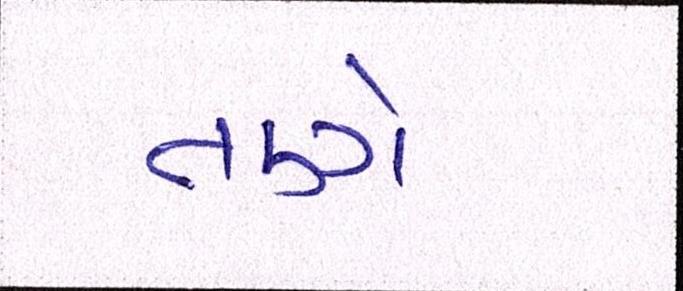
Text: તણે